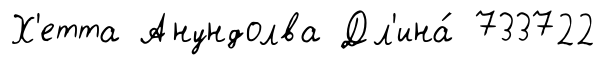
Х'етта Анундолва Дл'ина́ 733722